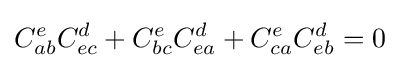
C_{ab}^{e}C_{ec}^{d}+C_{bc}^{e}C_{ea}^{d}+C_{ca}^{e}C_{eb}^{d}=0